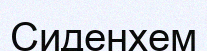
Сиденхем